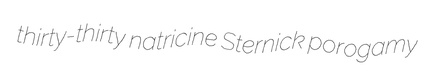
thirty-thirty natricine Sternick porogamy